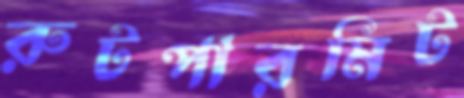
রুটপারমিট